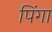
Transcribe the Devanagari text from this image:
पिंगा